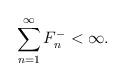
LaTeX: \begin{align*} \sum_{n=1}^\infty F_n^- < \infty.\end{align*}